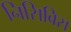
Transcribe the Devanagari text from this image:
निसिबिस